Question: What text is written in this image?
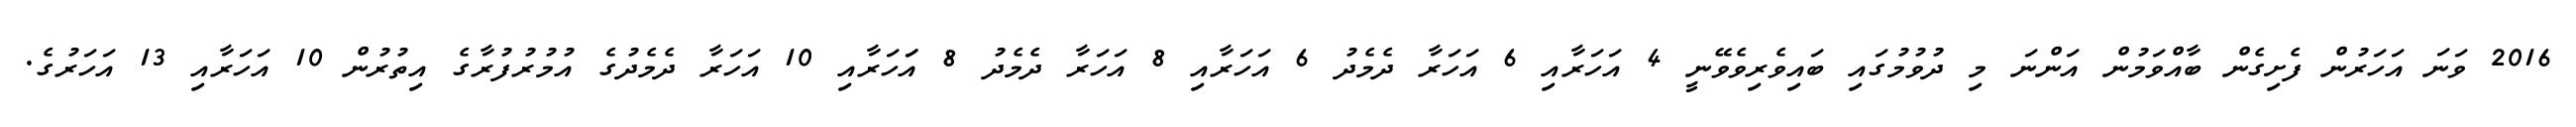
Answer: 2016 ވަނަ އަހަރުން ފެށިގެން ބާއްވަމުން އަންނަ މި ދުވުމުގައި ބައިވެރިވެވޭނީ 4 އަހަރާއި 6 އަހަރާ ދެމެދު 6 އަހަރާއި 8 އަހަރާ ދެމެދު 8 އަަހަރާއި 10 އަހަރާ ދެމެދުގެ އުމުރުފުރާގެ އިތުރުން 10 އަހަރާއި 13 އަހަރުގެ.